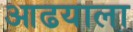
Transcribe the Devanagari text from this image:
आढयाला